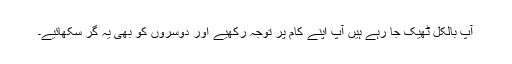
آپ بالکل ٹھیک جا رہے ہیں آپ اپنے کام پر توجہ رکھیے اور دوسروں کو بھی یہ گُر سکھائیے۔